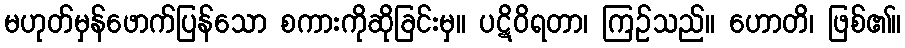
မဟုတ်မှန်ဖောက်ပြန်သော စကားကိုဆိုခြင်းမှ။ ပဋိဝိရတာ၊ ကြဉ်သည်။ ဟောတိ၊ ဖြစ်၏။